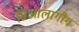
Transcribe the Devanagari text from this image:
सिआलागौग